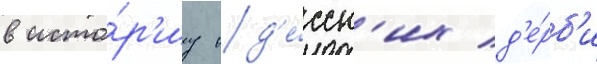
в исто́р'иу од'е́сск'их д'е́рб'и